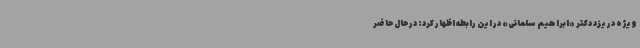
ویژه در یزد دکتر «ابراهیم سلمانی» در این رابطه اظهار کرد: در حال حاضر